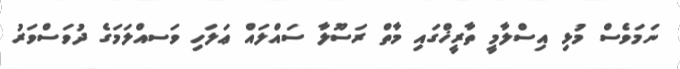
ނަމަވެސް މުޅި އިސްލާމީ ތާރީޚްގައި މާތް ރަސޫލާ ސައްލައް ޢަލަހި ވަސއްލަމަގެ ދުވަސްވަރު